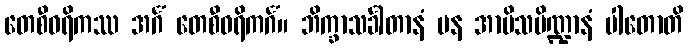
တေစီဝရိကဿ အင်္ဂံ တေစီဝရိကင်္ဂံ။ ဘိက္ခာသင်္ခါတာနံ ပန အာမိသပိဏ္ဍာနံ ပါတောတိ